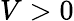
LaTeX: V>0